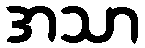
အသာ